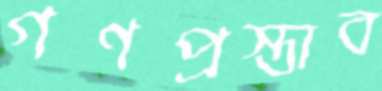
গণপ্রস্তাব